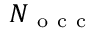
N _ { \mathrm { ~ o ~ c ~ c ~ } }